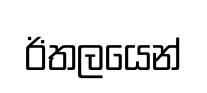
ඊතලයෙන්